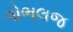
ગોભલજ